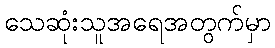
သေဆုံးသူအရေအတွက်မှာ